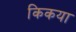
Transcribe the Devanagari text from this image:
किकया